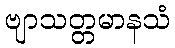
ဗျာသတ္တမာနသံ